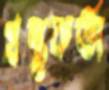
গ্রন্থকর্তা